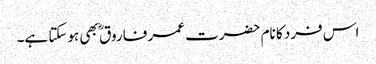
اس فرد کا نام حضرت عمر فاروق ؓ بھی ہوسکتا ہے۔